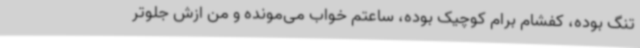
تنگ بوده، کفشام برام کوچیک بوده، ساعتم خواب می‌مونده و من ازش جلوتر